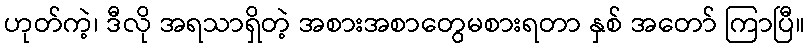
ဟုတ်ကဲ့၊ ဒီလို အရသာရှိတဲ့ အစားအစာတွေမစားရတာ နှစ် အတော် ကြာပြီ။